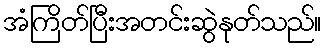
အံကြိတ်ပြီးအတင်းဆွဲနုတ်သည်။